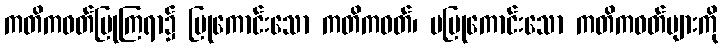
ကတိကဝတ်ပြုကြရာ၌ ပြုကောင်းသော ကတိကဝတ်၊ မပြုကောင်းသော ကတိကဝတ်များကို